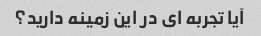
آیا تجربه ای در این زمینه دارید؟